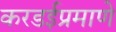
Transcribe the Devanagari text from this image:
करडईप्रमाणे